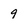
Character: 9